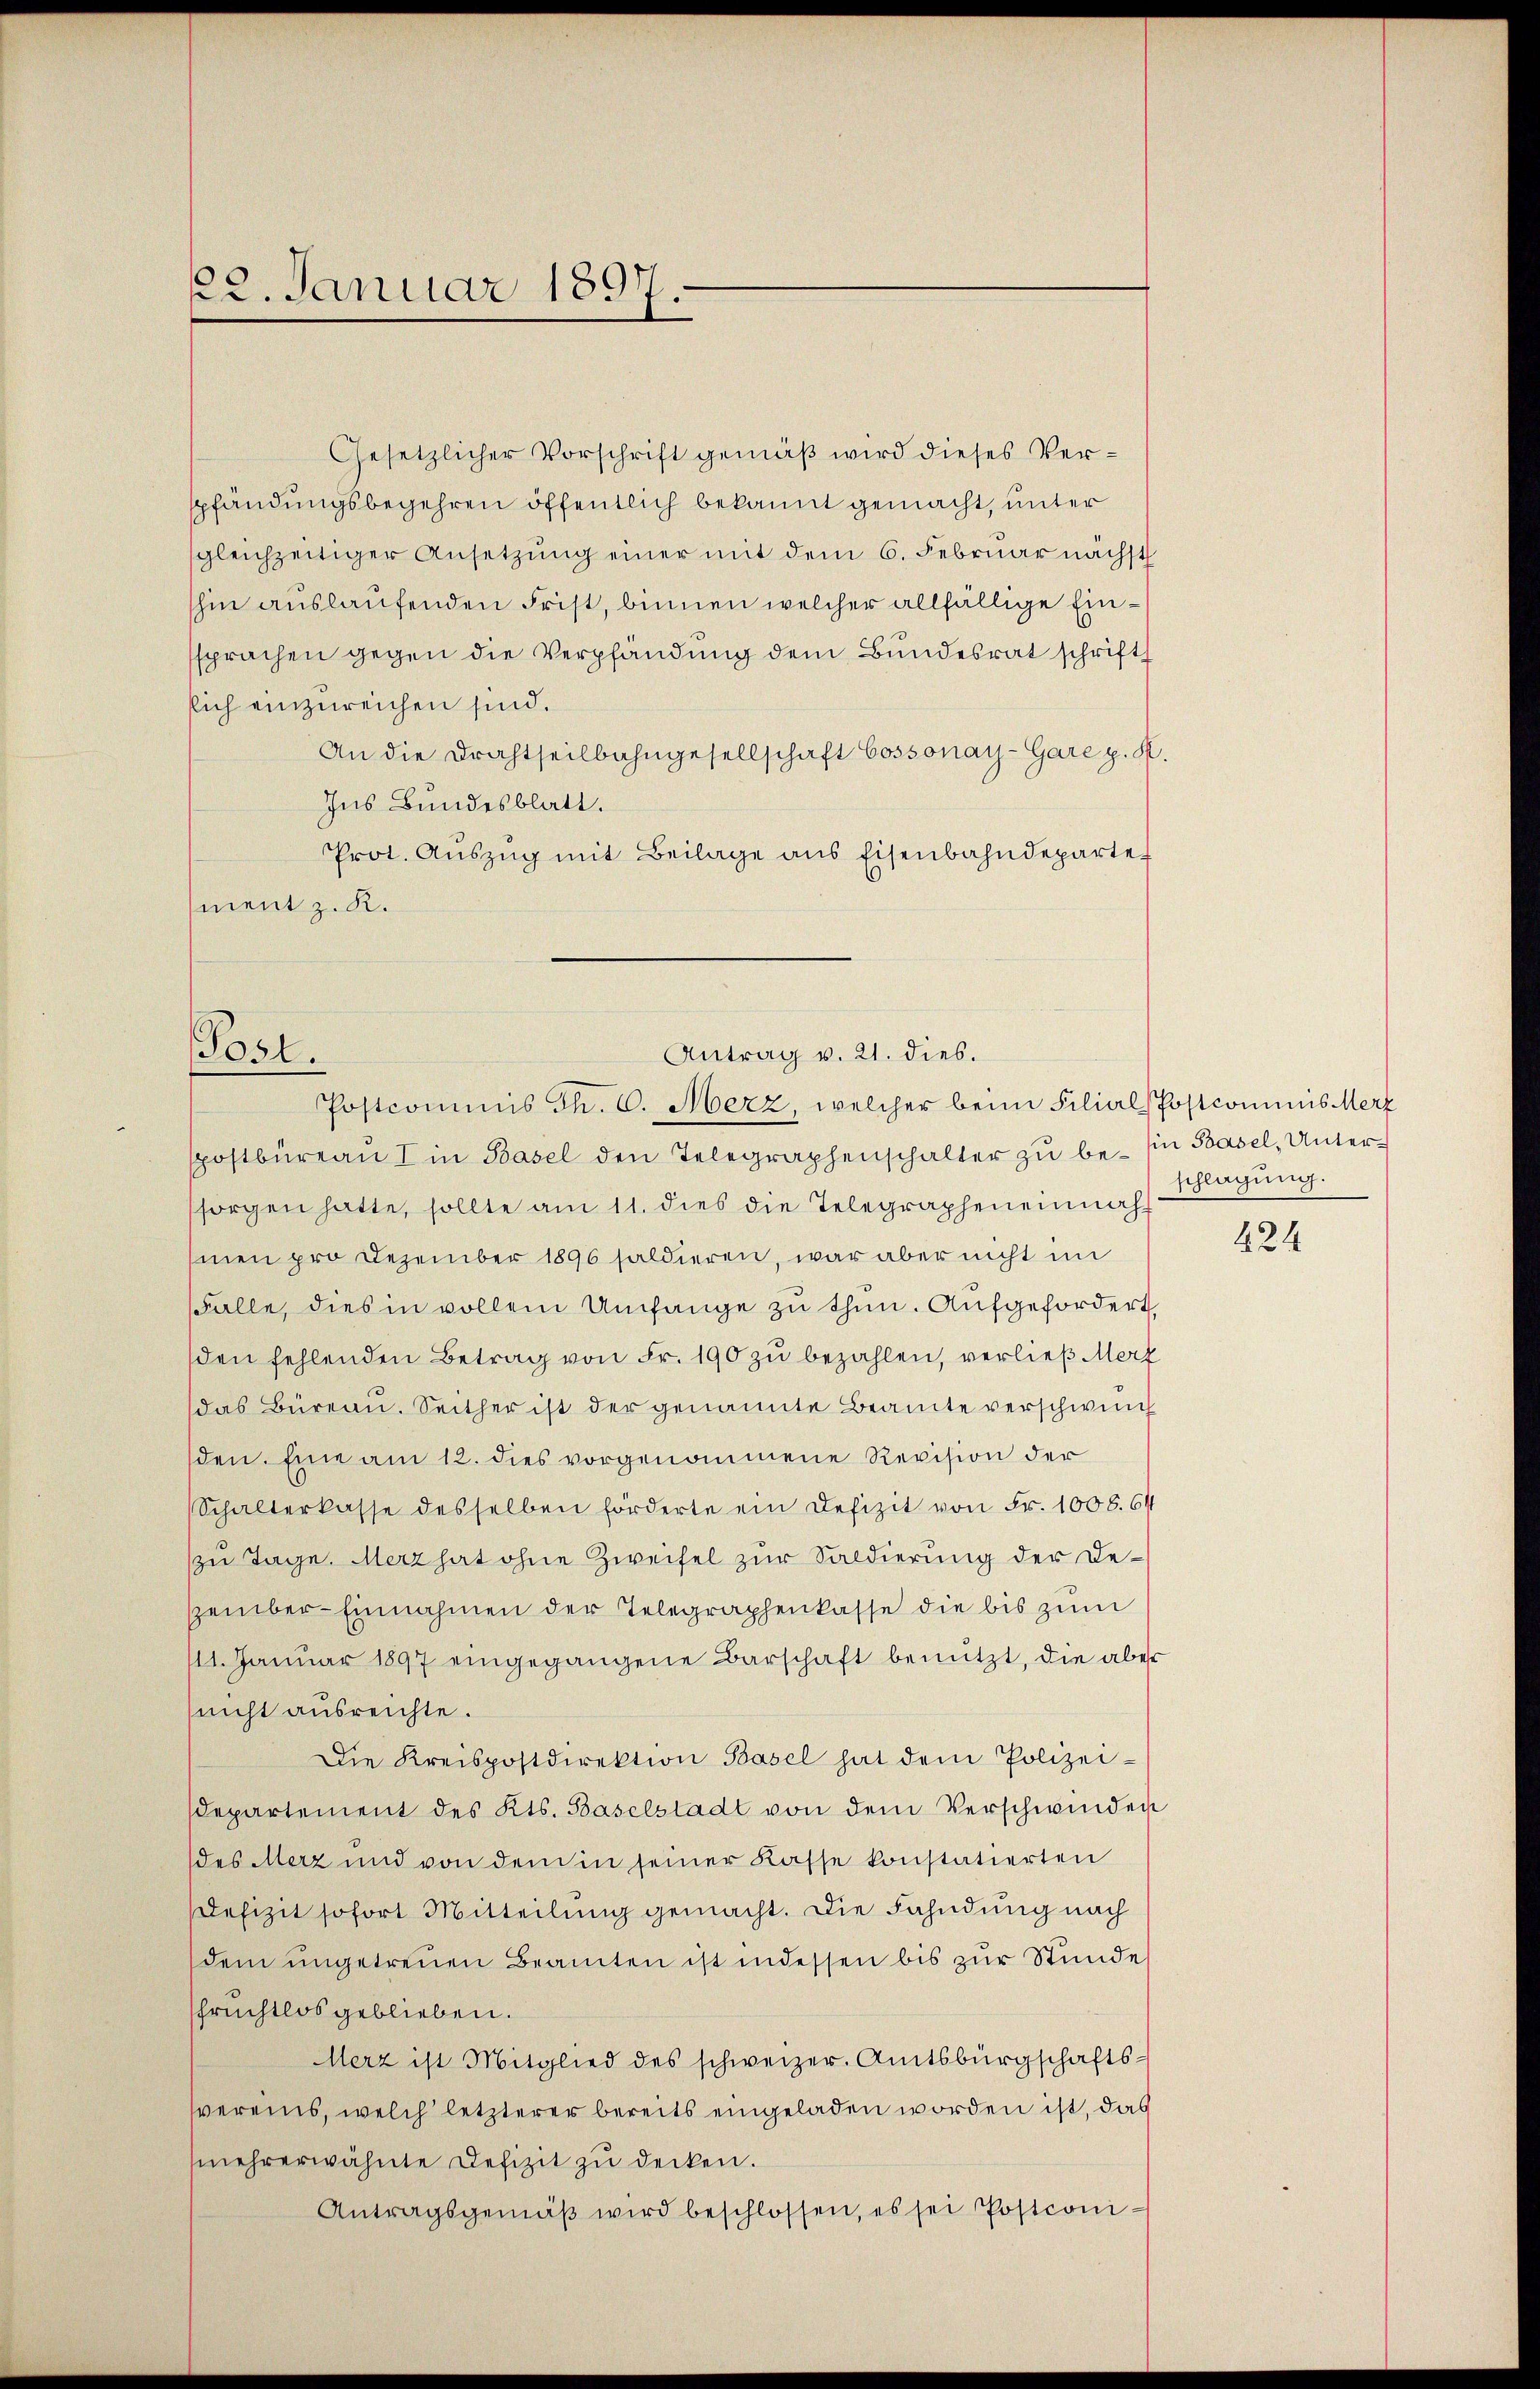
22. Januar 1897.

Gesetzlicher Vorschrift gemäß wird dieses Verspfändungsbegehren öffentlich bekannt gemacht, unter
sgleichzeitiger Ansetzŭng einer mit dem 6. Februar nächst
shin auslaufenden Frist, binnen welcher allfällige Einsprachen gegen die Verpfändung dem Bundesrat schrift
sich einzureichen sind.
An die Drahtheilbahngesellschaft Cossonay-Gare p. K.
Ins Bundesblatt.
Prot. Aŭszŭg mit Beilage ans Eisenbahndeparte
ment z. K.

Post.

Antrag v. 21. dies.
Postcommis Th. C. Merz, welcher beim Filial-Postcommis Merz

spostbüreau I in Basel den Telegraphenschalter zu be- in Basel, Untersorgen hatte, sollte am 11. dies die Telegraphen einnahmen pro Dezember 1896 saldieren, war aber nicht im
Falle, dies in vollem Umfange zu thun. Aufgefordert,
den fehlenden Betrag von Fr. 190 zu bezahlen, verließ Merz
das Büreau. Seither ist der genannte Beamte verschwing
den. Eine am 12. dies vorgenommene Revision der
Schalterkasse desselben förderte ein Defizit von Fr. 1006. 64
zu Tage. Merz hat ohne Zweifel zur Saldierung der Dezember-Einnahmen der Telegraphenkasse die bis zum
111. Januar 1897 eingegangene Barschaft benützt, die aber
nicht ausreichte.
Die Kreispostdirektion Basel hat dem Polizeidepartement des Kts. Baselstadt von dem Verschwinden
des Merz und von dem in seiner Kasse konstatierten
Defizit sofort Mitteilung gemacht. Die Fahndung nach
dem ungetreuen Beamten ist in dessen bis zur Stundes
schrichtlos geblieben.
Merz ist Mitglied des schweizer. Amtsbürgschafts-
vereins, welch letzterer bereits eingeladen worden ist, das
(mehrerwähnte Defizit zŭ decken.
Antragsgemäβ wird beschlossen, es sei Postconi-

schlagung.

424